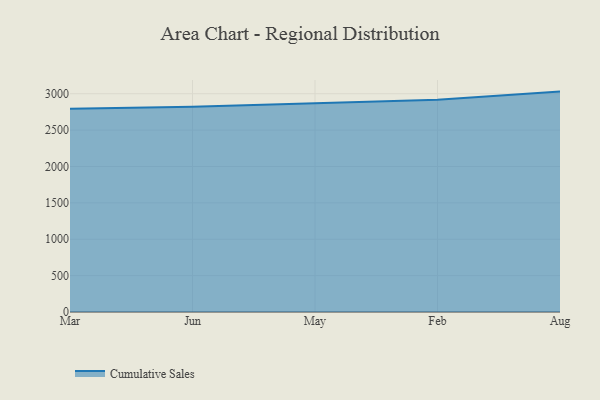
{"axis": {"x": "Month", "y": "Demand Index"}, "legend": ["Cumulative Sales"], "data": [{"x": "Mar", "y": 2792.5, "type": "Cumulative Sales"}, {"x": "Jun", "y": 2822.4, "type": "Cumulative Sales"}, {"x": "May", "y": 2870.4, "type": "Cumulative Sales"}, {"x": "Feb", "y": 2918.3, "type": "Cumulative Sales"}, {"x": "Aug", "y": 3029.5, "type": "Cumulative Sales"}]}